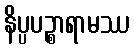
နိပ္ပပဉ္စာရာမဿ